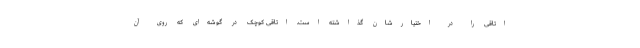
اتاقی را در اختیارشان گذاشته است. اتاقی کوچک در گوشه‌ای که روی آن